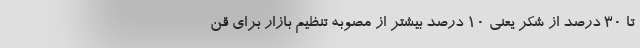
تا ۳۰ درصد از شکر یعنی ۱۰ درصد بیشتر از مصوبه تنظیم بازار برای قن